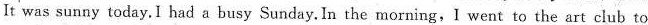
It was sunny today,I had a busy Sunday.In the morning,I went to the art club to